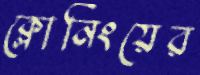
ক্লোনিংয়ের